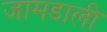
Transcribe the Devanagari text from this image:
जामडाली